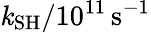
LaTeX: \mathit{k}_{\mathrm{{SH}}}/10^{11}\, \mathrm{{s}}^{-1}